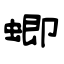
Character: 蝍